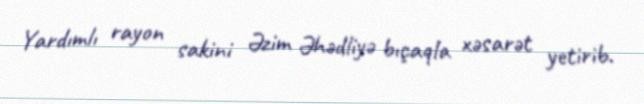
Yardımlı rayon sakini Əzim Əhədliyə bıçaqla xəsarət yetirib.